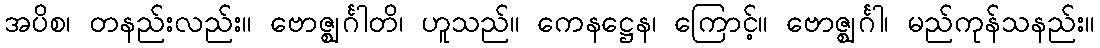
အပိစ၊ တနည်းလည်း။ ဗောဇ္ဈင်္ဂါတိ၊ ဟူသည်။ ကေနဋ္ဌေန၊ ကြောင့်။ ဗောဇ္ဈင်္ဂါ၊ မည်ကုန်သနည်း။